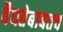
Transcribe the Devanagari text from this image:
वैधतेबाबतच